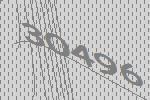
30496